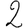
Digit: 2